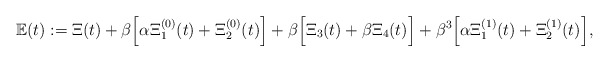
\begin{align*}\mathbb{E}(t):=\Xi(t)+\beta\Big[\alpha\Xi_1^{(0)}(t)+\Xi_2^{(0)}(t)\Big]+\beta\Big[\Xi_3(t)+\beta\Xi_4(t)\Big]+\beta^3\Big[\alpha\Xi_1^{(1)}(t)+\Xi_2^{(1)}(t)\Big],\end{align*}